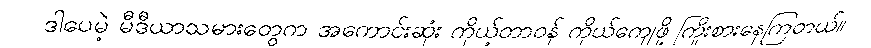
ဒါပေမဲ့ မီဒီယာသမားတွေက အကောင်းဆုံး ကိုယ့်တာဝန် ကိုယ်ကျေဖို့ ကြိုးစားနေကြတယ်။